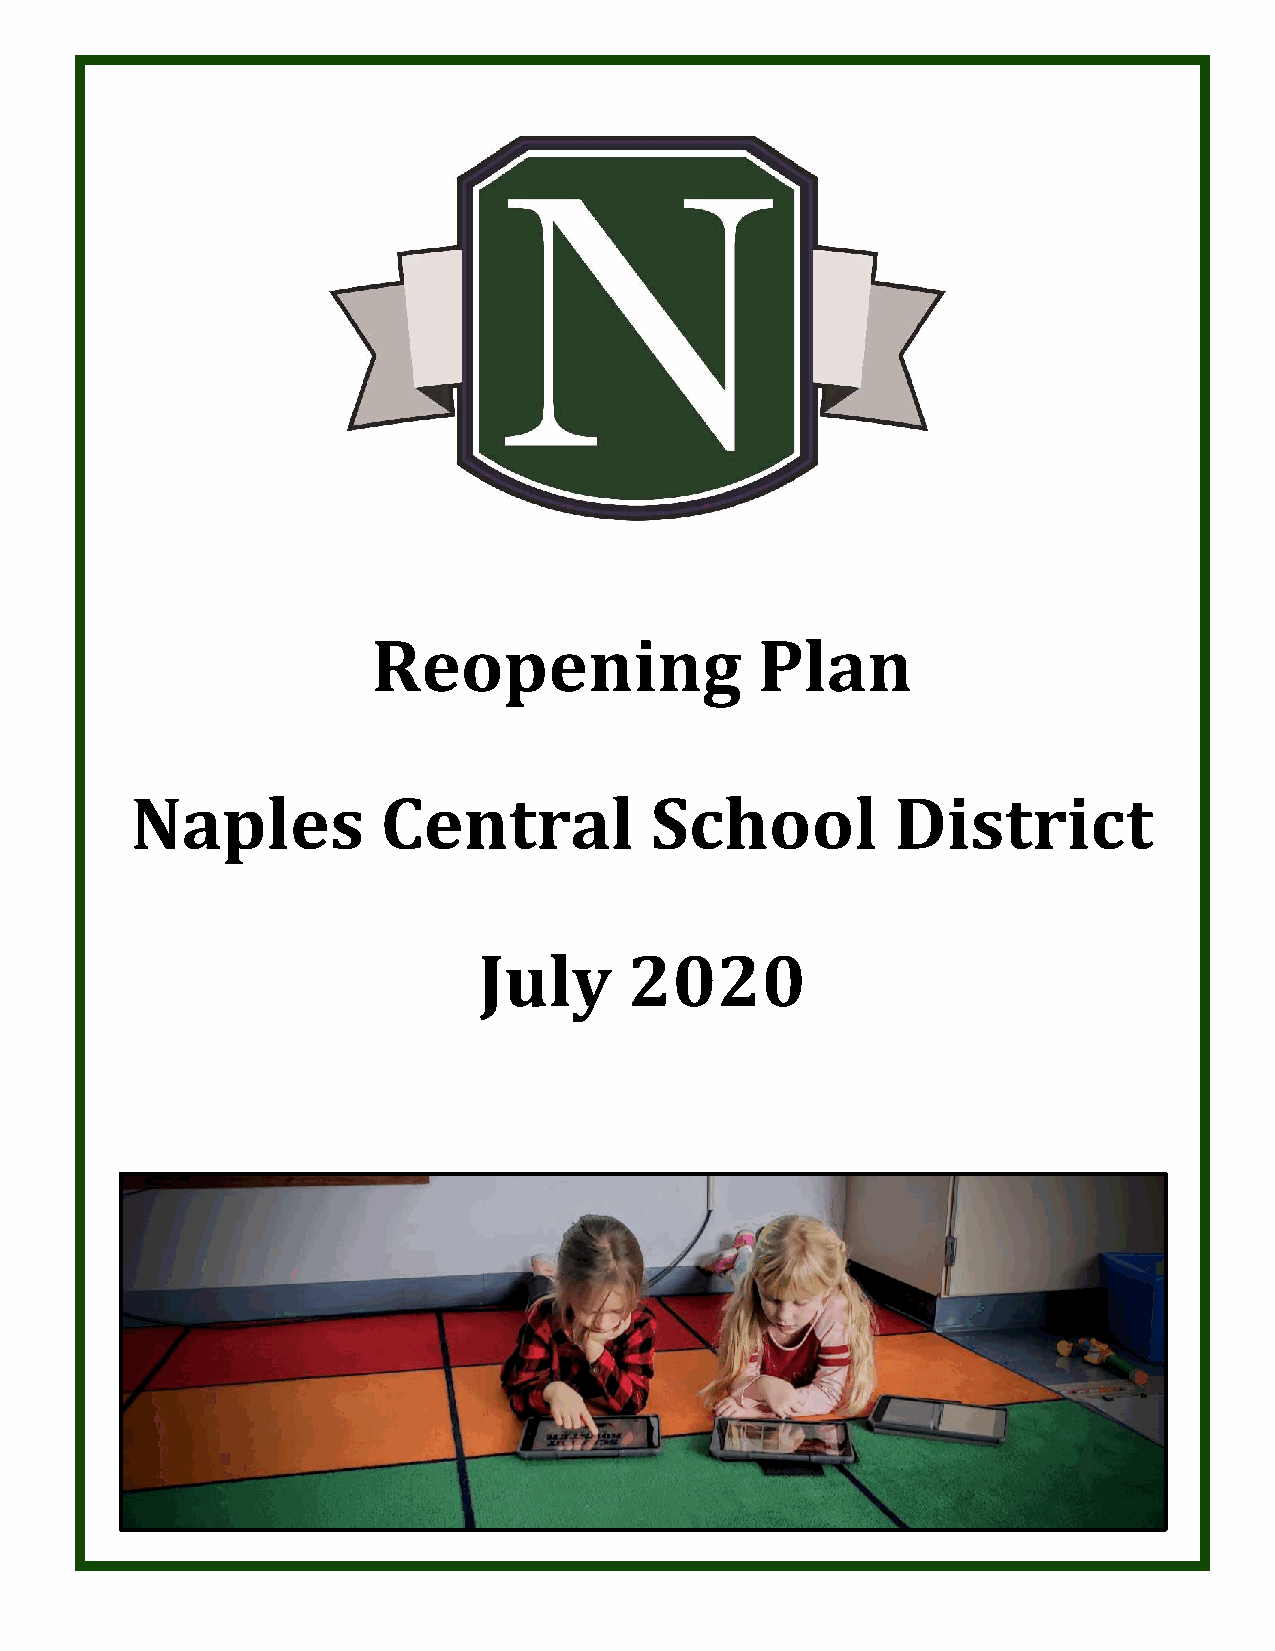
Reopening                Plan
 Naples          Central           School          District
 July      2020